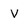
Character: V